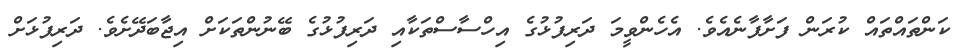
ކަންތައްތައް ކުރަން ފަށާފާނެއެވެ. އެހެންވީމަ ދަރިފުޅުގެ އިހްސާސްތަކާއި ދަރިފުޅުގެ ބޭނުންތަކަށް އިޖާބަދޭށެވެ. ދަރިފުޅަށް